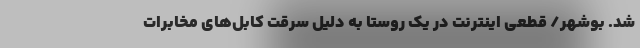
شد. بوشهر/ قطعی اینترنت در یک روستا به دلیل سرقت کابل‌های مخابرات